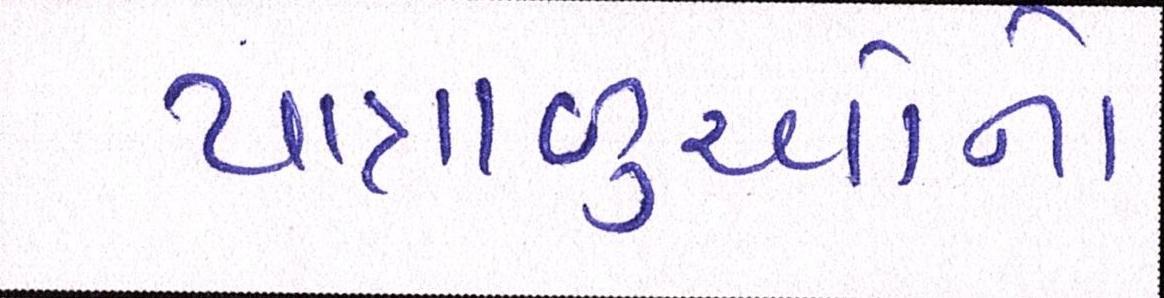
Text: યાત્રાળુઓનો